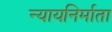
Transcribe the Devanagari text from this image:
न्यायनिर्माता